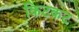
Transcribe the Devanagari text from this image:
किटकट